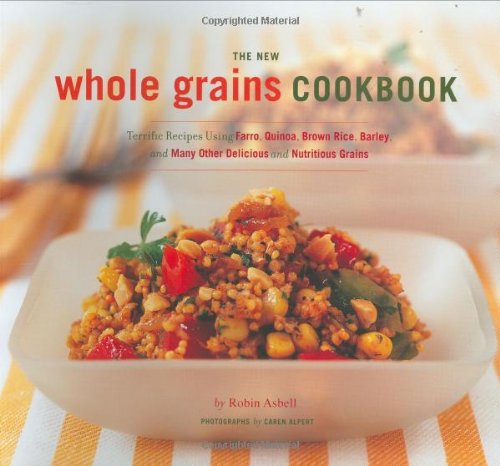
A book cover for The New Whole Grain Cookbook: Terrific Recipes Using Farro, Quinoa, Brown Rice, Barley, and Many Other Delicious and Nutritious Grains; Robin Asbell; Cookbooks, Food & Wine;